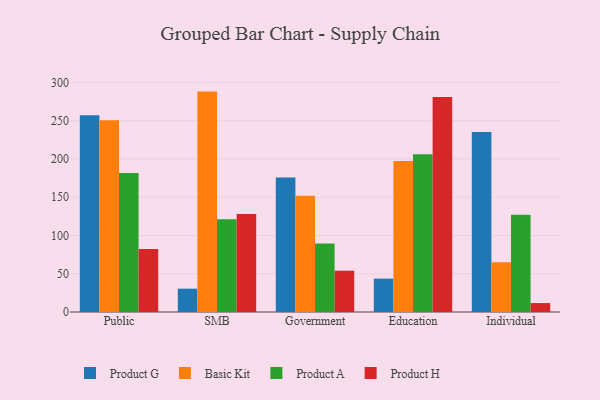
{"axis": {"x": "Segment", "y": "LTV (USD)"}, "legend": ["Basic Kit", "Product A", "Product G", "Product H"], "data": [{"x": "Public", "y": 257.3, "type": "Product G"}, {"x": "Public", "y": 250.5, "type": "Basic Kit"}, {"x": "Public", "y": 181.8, "type": "Product A"}, {"x": "Public", "y": 82.3, "type": "Product H"}, {"x": "SMB", "y": 30.5, "type": "Product G"}, {"x": "SMB", "y": 288.1, "type": "Basic Kit"}, {"x": "SMB", "y": 121.4, "type": "Product A"}, {"x": "SMB", "y": 128.1, "type": "Product H"}, {"x": "Government", "y": 175.7, "type": "Product G"}, {"x": "Government", "y": 152.1, "type": "Basic Kit"}, {"x": "Government", "y": 89.6, "type": "Product A"}, {"x": "Government", "y": 54.0, "type": "Product H"}, {"x": "Education", "y": 43.6, "type": "Product G"}, {"x": "Education", "y": 197.5, "type": "Basic Kit"}, {"x": "Education", "y": 206.3, "type": "Product A"}, {"x": "Education", "y": 281.1, "type": "Product H"}, {"x": "Individual", "y": 235.3, "type": "Product G"}, {"x": "Individual", "y": 65.0, "type": "Basic Kit"}, {"x": "Individual", "y": 127.0, "type": "Product A"}, {"x": "Individual", "y": 11.7, "type": "Product H"}]}